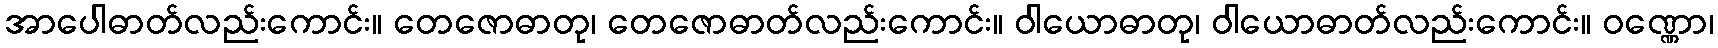
အာပေါဓာတ်လည်းကောင်း။ တေဇောဓာတု၊ တေဇောဓာတ်လည်းကောင်း။ ဝါယောဓာတု၊ ဝါယောဓာတ်လည်းကောင်း။ ဝဏ္ဏော၊